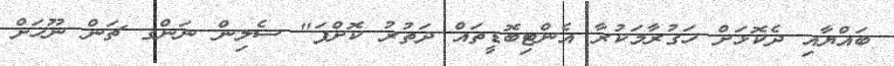
ބައްޔާއި ދެކޮޅަށް ހަގުރާމަކުރާ އެންޓިބޮޑީތައް ދަތުރު ކޮށްފަ" ސެލިން ނަންގ ޗަން ނޫހަށް